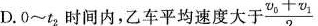
D. 0~t_{2}时间内，乙车平均速度大于 $$\frac{ v _{0}+v_{1}}{2}$$